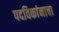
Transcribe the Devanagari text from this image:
पदविकांनाचा